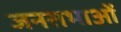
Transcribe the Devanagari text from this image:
जनसभाआें